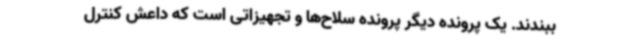
ببندند. یک پرونده دیگر پرونده سلاح‌ها و تجهیزاتی است که داعش کنترل